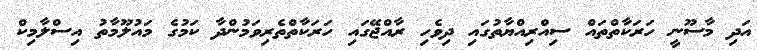
އަދި މާސޫނީ ހަރަކާތްތައް ސިއްރިއްޔާތުގައި ދިވެހި ރާއްޖޭގައި ހަރަކާތްތެރިވަމުންދާ ކަމުގެ މައުލޫމާތު އިސްލާމިކް